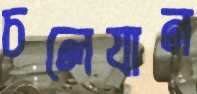
চলেযান